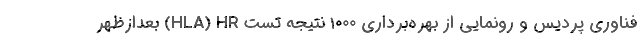
فناوری پردیس و رونمایی از بهره‌برداری 1000 نتیجه تست HLA) HR) بعدازظهر